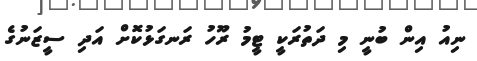
ނިއު އިން ބުނީ މި ދަތުރަކީ ޓީމު ރޫހު ރަނގަޅުކޮށް އަދި ސީޒަނުގެ